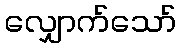
လျှောက်သော်